Indian journal of veterinary science and animal husbandry - Volumes 22-23, 1952-1953
Year: 1952
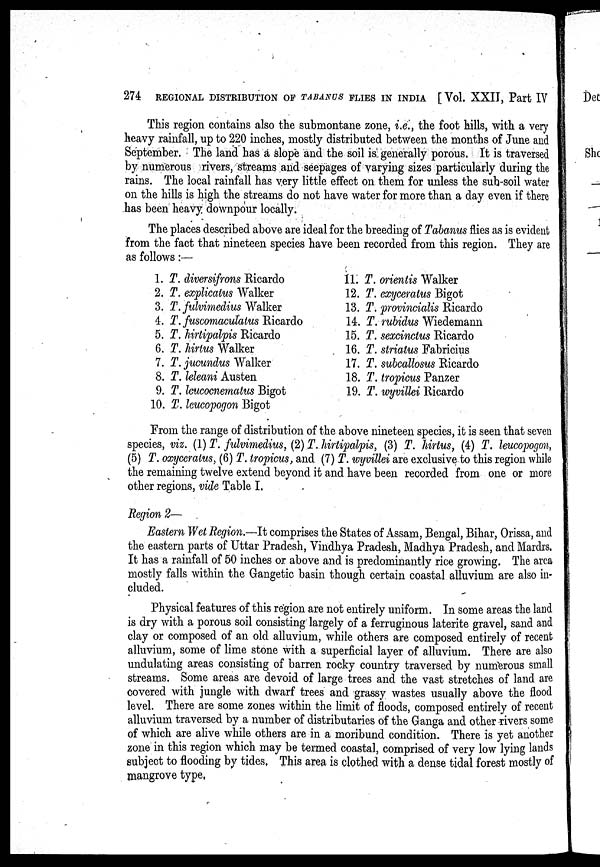
274 REGIONAL DISTRIBUTION OF TABANUS FLIES IN INDIA [Vol. XXII, Part IV
This region contains also the submontane zone, i.e., the foot hills, with a very
heavy rainfall, up to 220 inches, mostly distributed between the months of June and
September. The land has a slope and the soil is generally porous. It is traversed
by numerous rivers, streams and seepages of varying sizes particularly during the
rains. The local rainfall has very little effect on them for unless the sub-soil water
on the hills is high the streams do not have water for more than a day even if there
has been heavy downpour locally.
The places described above are ideal for the breeding of Tabanus flies as is evident
from the fact that nineteen species have been recorded from this region. They are
as follows:—
1. T. diversifrons Ricardo
2. T. explicatus Walker
3. T. fulvimedius Walker
4. T. fuscomaculatus Ricardo
5. T. hirtipalpis Ricardo
6. T. hirtus Walker
7. T. jucundus Walker
8. T. leleani Austen
9. T. leucocnematus Bigot
10. T. leucopogon Bigot
11. T. orientis Walker
12. T. exyceratus Bigot
13. T. provincialis Ricardo
14. T. rubidus Wiedemann
15. T. sexcinctus Ricardo
16. T. striatus Fabricius
17. T. subcallosus Ricardo
18. T. tropicus Panzer
19. T. wyvillei Ricardo
From the range of distribution of the above nineteen species, it is seen that seven
species, viz. (1) T. fulvimedius, (2) T. hirtipalpis, (3) T. hirtus, (4) T. leucopogon,
(5) T. oxyceratus, (6) T. tropicus, and (7) T. wyvillei are exclusive to this region while
the remaining twelve extend beyond it and have been recorded from one or more
other regions, vide Table I.
Region 2—
Eastern Wet Region.—It comprises the States of Assam, Bengal, Bihar, Orissa, and
the eastern parts of Uttar Pradesh, Vindhya Pradesh, Madhya Pradesh, and Mardrs.
It has a rainfall of 50 inches or above and is predominantly rice growing. The area
mostly falls within the Gangetic basin though certain coastal alluvium are also in-
cluded.
Physical features of this region are not entirely uniform. In some areas the land
is dry with a porous soil consisting largely of a ferruginous laterite gravel, sand and
clay or composed of an old alluvium, while others are composed entirely of recent
alluvium, some of lime stone with a superficial layer of alluvium. There are also
undulating areas consisting of barren rocky country traversed by numerous small
streams. Some areas are devoid of large trees and the vast stretches of land are
covered with jungle with dwarf trees and grassy wastes usually above the flood
level. There are some zones within the limit of floods, composed entirely of recent
alluvium traversed by a number of distributaries of the Ganga and other rivers some
of which are alive while others are in a moribund condition. There is yet another
zone in this region which may be termed coastal, comprised of very low lying lands
subject to flooding by tides, This area is clothed with a dense tidal forest mostly of
mangrove type,